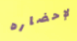
لإحضاره